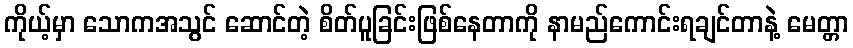
ကိုယ့်မှာ သောကအသွင် ဆောင်တဲ့ စိတ်ပူခြင်းဖြစ်နေတာကို နာမည်ကောင်းရချင်တာနဲ့ မေတ္တာ